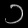
Digit: ၁